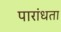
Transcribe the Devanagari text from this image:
पारांधता